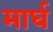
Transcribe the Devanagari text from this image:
मार्घ